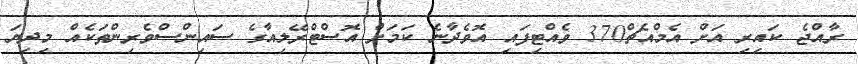
ރާއްޖެ ކައިރި އަށް އެމްއެޗް370 ވެއްޓިފައި އޮވެދާނެ ކަމަށް އޮސްޓްރޭލިއާގެ ސައިންސްވެރިންތަކެއް މިދިޔަ